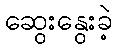
ဆွေးနွေးခဲ့